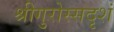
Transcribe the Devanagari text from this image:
श्रीगुरोस्सदृशं